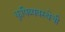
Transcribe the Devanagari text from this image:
कृषिव्यवस्थेची